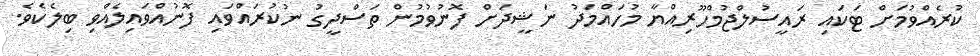
ކުރެއްވުމަށް ޓަކައި ރައީސުލްޖުމްހޫރިއްޔާ މުހައްމަދު ނަޝީދަށް ފޮނުވުމުން ތަސްދީގު ނުކުރައްވައި ފޮނުއްވައިލެއްވި ބިލެކެވެ.